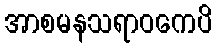
အာစမနသရာဝကေပိ